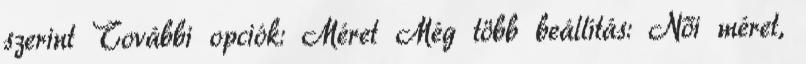
szerint További opciók: Méret Még több beállítás: Női méret,